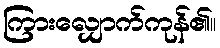
ကြားလျှောက်ကုန်၏။